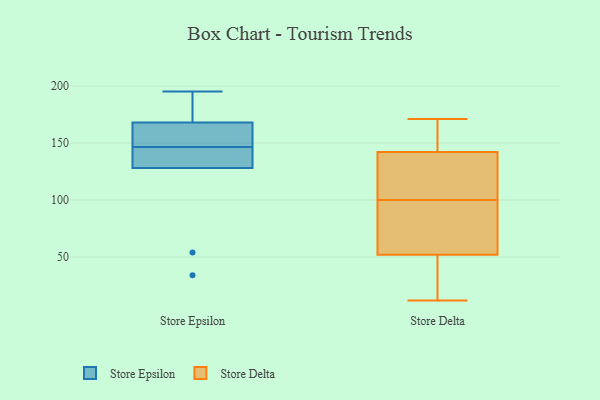
{"axis": {"x": "Production Output", "y": "Value"}, "legend": ["Store Delta", "Store Epsilon"], "data": [{"x": "", "y": 130, "type": "Store Epsilon"}, {"x": "", "y": 163, "type": "Store Epsilon"}, {"x": "", "y": 128, "type": "Store Epsilon"}, {"x": "", "y": 54, "type": "Store Epsilon"}, {"x": "", "y": 159, "type": "Store Epsilon"}, {"x": "", "y": 34, "type": "Store Epsilon"}, {"x": "", "y": 180, "type": "Store Epsilon"}, {"x": "", "y": 195, "type": "Store Epsilon"}, {"x": "", "y": 168, "type": "Store Epsilon"}, {"x": "", "y": 134, "type": "Store Epsilon"}, {"x": "", "y": 28, "type": "Store Delta"}, {"x": "", "y": 67, "type": "Store Delta"}, {"x": "", "y": 102, "type": "Store Delta"}, {"x": "", "y": 98, "type": "Store Delta"}, {"x": "", "y": 12, "type": "Store Delta"}, {"x": "", "y": 168, "type": "Store Delta"}, {"x": "", "y": 52, "type": "Store Delta"}, {"x": "", "y": 142, "type": "Store Delta"}, {"x": "", "y": 115, "type": "Store Delta"}, {"x": "", "y": 171, "type": "Store Delta"}]}